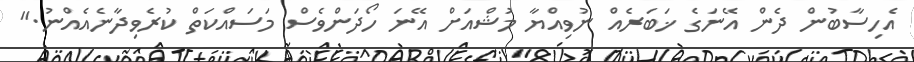
އެހިސާބުން ދެން އޭނަގެ ޚަބަރެއް ނުވިއްޔާ މުޝްއަށް އޭނަ ހޯދަންވެސް މަސައްކަތް ކުރެވިދާނެއެއްނު."